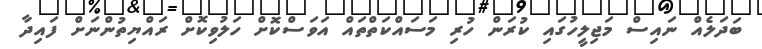
ބަދަލެއް ނައިސް މަޖިލީހުގައި ކުރަން ހުރި މަސައްކަތްތައް އަވަސްކޮށް ހަލުވިކޮށް ރައްޔިތުންނަށް ފައިދާ